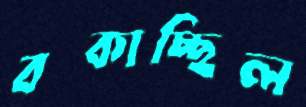
বকাচ্ছিল